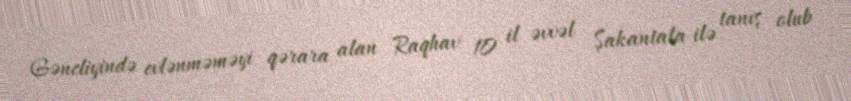
Gəncliyində evlənməməyi qərara alan Raqhav 10 il əvvəl Şakantala ilə tanış olub